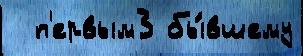
  п'ервым3 бы́вшему